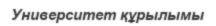
Университет құрылымы